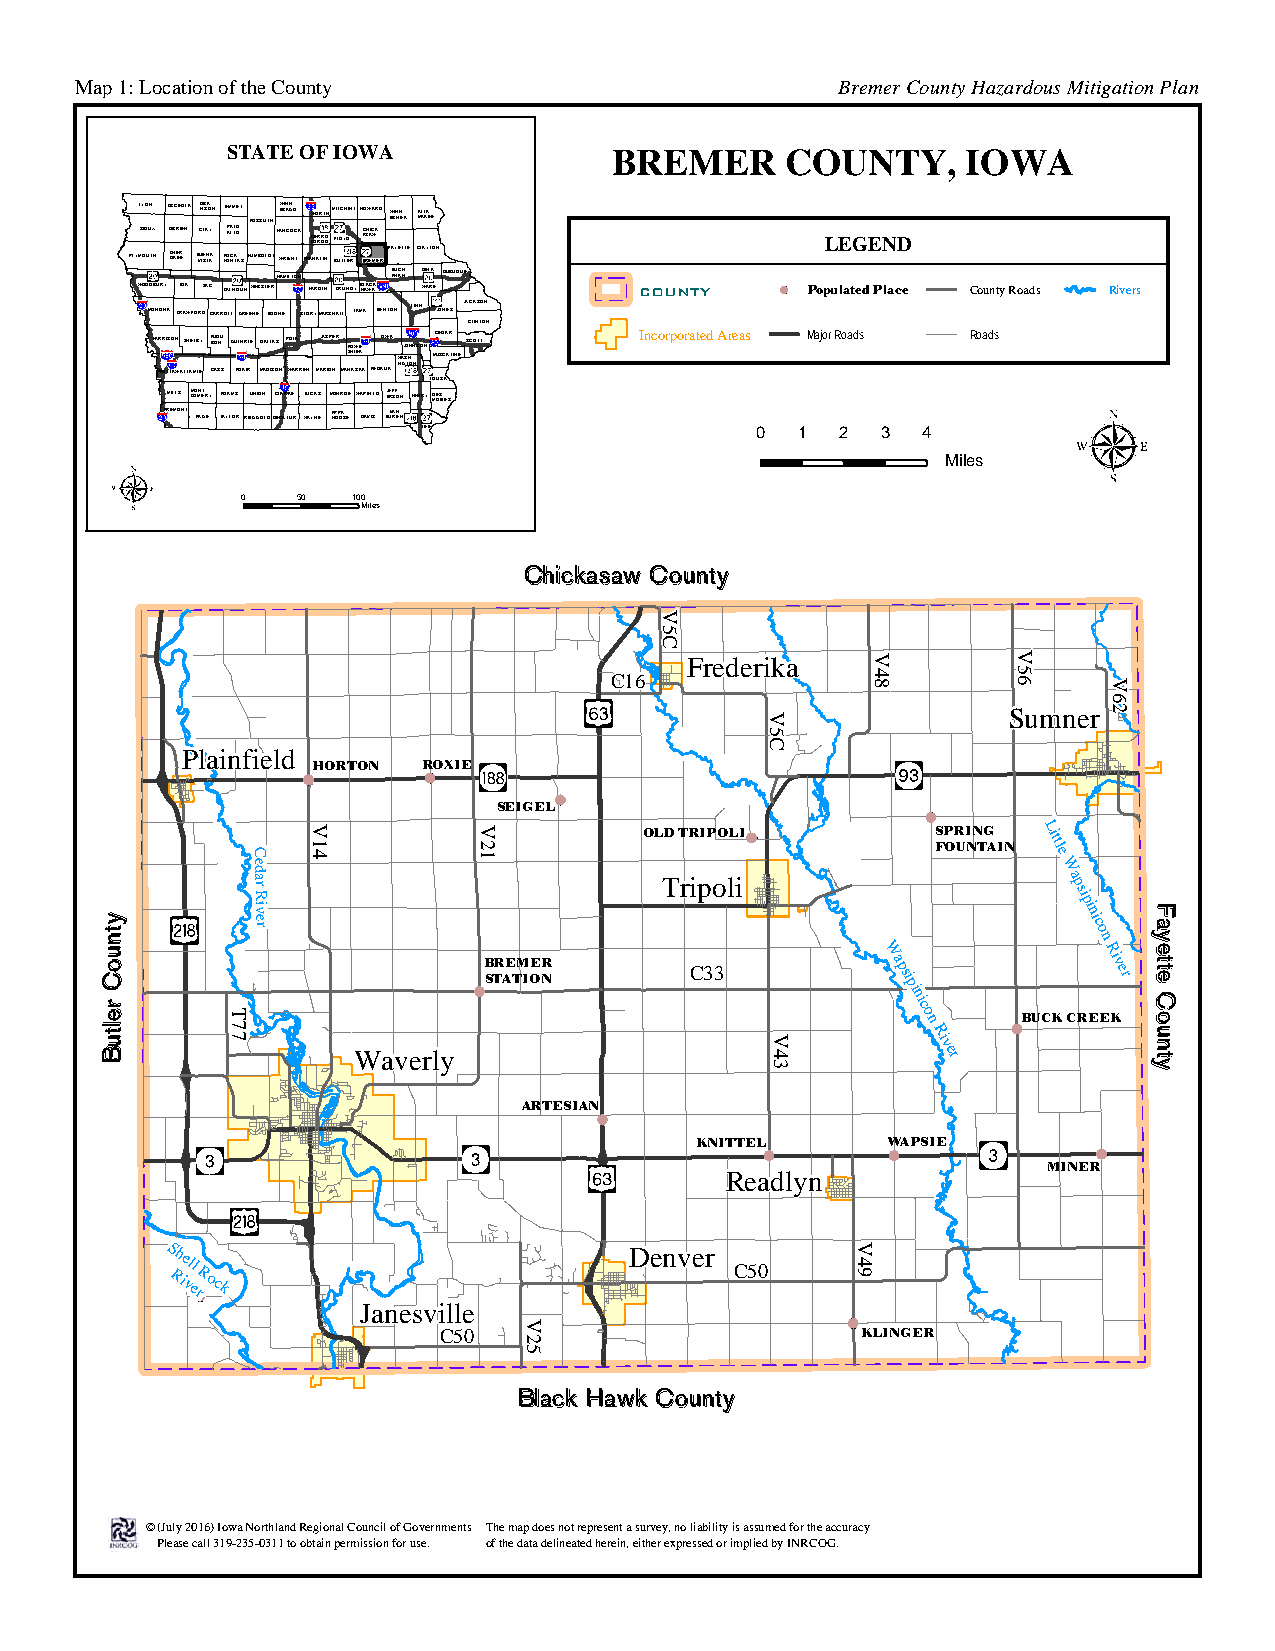
Map 1: Location of the County                     Bremer County Hazardous Mitigation Plan
 State of Iowa
 STATE OF IOWA
 BREMER      COUNTY,     IOWA
 PLYML SY OIOO UUN TX
 H
 O O COS B HKC R EEE I REEO -NLA BVCDI UN IL SI ECS A TNKO Y AA-N PHE OP OAM AL CNM TL ATOE O -AT SHK UO MS BS OU LT DH TH WWE AB RNINA IC GNG O H-O C TK FRAW GC NOEO KRRR LRDT INOOHM F BI LT UOC TY LH D EE RLLH BCAO RSHW EAICA W MKR E-D RFWE ASI YNH ENIE T- TK E CAM LLA ALK YAE T-E ON LEGEND
 HAMILTON BAUNCAHN- DELA- DUBUQUE
 WOODBURY IDA SAC CALHOUNWEBSTER HARDIN GRUNDYBHLAAWCKK WARE COUNTY Populated Place County Roads Rivers
 MONONA CRAWFORDCARROLLGREENE BOONE STORYMARSHALL TAMA BENTON LINN JONES JACKSON
 CLINTON
 HAR PORI TS TO AN WAS TH TAE MLB IEY CABUO ASDN SU-GU AT DH AR IRIE MD AA DLL ISA OS NP WO ALK
 RREN
 MAJA RS IOP NER MAPS HOH AIW SEK KE A- KEOI KO UW KA WINAGJ SO THOH -N NSON MC UE SD CA AR TINESCOTT Incorporated Areas Major Roads Roads
 LOUISA
 MILLS MGOONMTE-RY ADAMS UNION CLARKE LUCAS MONROEWAPELLO JEERFSFO-N HENRYDMEOSINES
 FREMONT PAGE TAYLORRINGGOLDDECATUR WAYNE ANPOPOAS-E DAVIS BUVARNEN
 LEE                   0  1  2 3  4
 Miles
 0   50 100
 Miles
 Chickasaw County
 Frederika
 C16
 Sumner
 Plainfield
 HORTON ROXIE
 SEIGEL
 C
 e d
 OLD TRIPOLI        S FP OR UI NN TG
 AIN
 Littl
 e
 W
 a                          Tripoli                    a
 r
 R
 psi
 iv
 e
 pi
 ni
 r                                                      c o
 n
 W              R
 B STR AE TM IOE NR C33     a psi         i v er
 pi
 ni c o n BUCK CREEK
 Ri
 Waverly                                v er
 ARTESIAN
 KNITTEL      WAPSIE
 MINER
 Readlyn
 Shell                          Denver
 C50
 RiverRock
 Janesville
 C50                         KLINGER
 Black Hawk County
 © (July 2016) Iowa Northland Regional Council of Governments The map does not represent a survey, no liability is assumed for the accuracy
 Please call 319-235-0311 to obtain permission for use. of the data delineated herein, either expressed or implied by INRCOG.
 ytnuoC
 reltuB  T77
 V14         V21
 V25
 V5C
 V5C
 V43
 V49
 V48      V56
 V62
 Fayette
 County